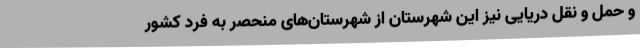
و حمل و نقل دریایی نیز این شهرستان از شهرستان‌های منحصر به‌ فرد کشور